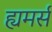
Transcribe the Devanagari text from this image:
ह्यमर्स